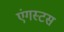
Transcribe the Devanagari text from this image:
एंगस्टस